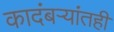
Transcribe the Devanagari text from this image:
कादंबर्‍यांतही